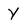
Character: y